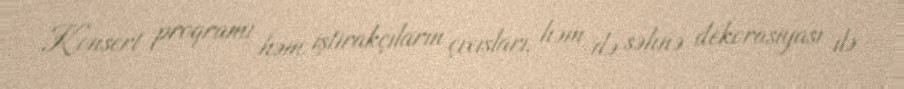
Konsert proqramı həm iştirakçıların çıxışları, həm də səhnə dekorasiyası ilə